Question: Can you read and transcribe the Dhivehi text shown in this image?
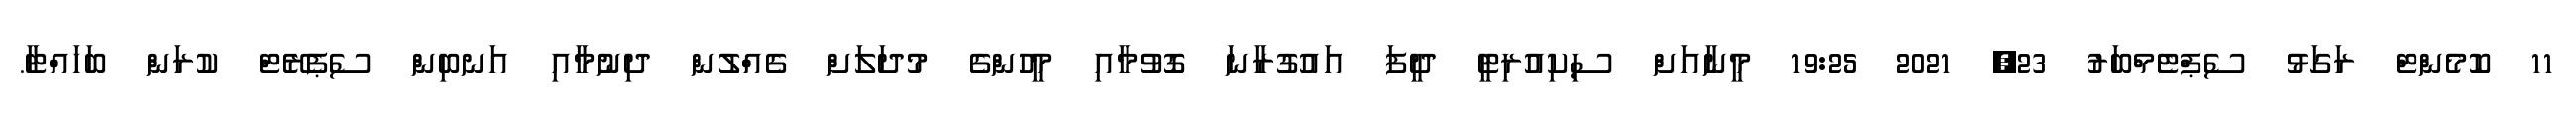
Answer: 11 ކޮމެންޓް ރަގަޅު ސެޕްޓެމްބަރު 23, 2021 19:25 މީނާއަށް ސިކިއުރިޓީ ދީފަ އައުގުރާނަ ގޮވުމާއި މީހުންގެ މުދަލަށް ގެއްލުން ދިނުމާއި އަނބިން ސެޕެރޭޓް ކުރަން ބަހައްޓާ.